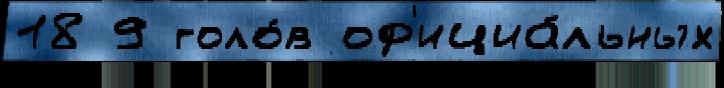
18 9 голо́в оф'ициа́льных